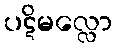
ပဋိမလ္လော